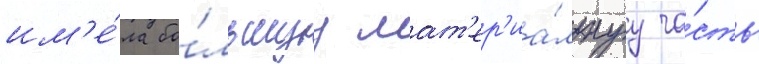
им'е́ла бо́льшуу мат'ер'иа́льнуу ча́сть